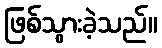
ဖြစ်သွားခဲ့သည်။